Document type: Sale
Year: 1435
Scribe: Pere Soler
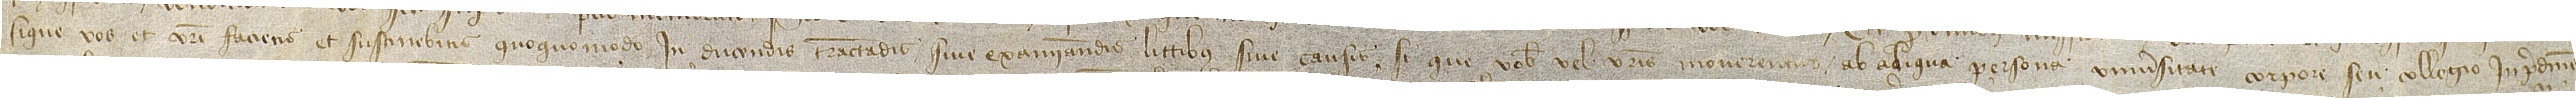
si que vos et vestri facietis et sustinebitis quoquomodo in ducendis, tractandis sive examinandis littibus sive causis, si que vobis vel vestris moverentur ab aliqua persona, universitate, corpore seu collegio in predictis